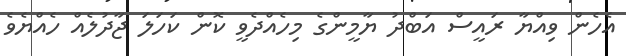
އެހެން ވިއްޔާ ރައީސް އަބްދު ޔާމީންގެ މިހެއްދެވީ ކޮން ކަހަލަ ޖާދުލެއް ހެއްޔެވެ